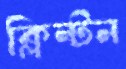
ক্লিন্টন